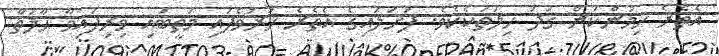
އެތެރެ ހިމުންކަން ގަދަ ހިލަތަކެކެވެ. ފަށަލައިގެ އެތެރެ ހަރުވެފައި މަތީބައި ވިރިފައިވާ ޙާލަތާ